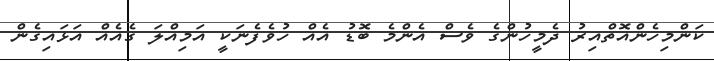
ކަންމިހެންއޮތްއިރު ދެމީހުންގެ ވެސް އެންމެ ބޮޑު އެއް ހުވެފެނަކީ އަމިއްލަ ގެއެއް އަޅައިގެން